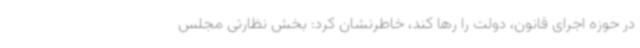
در حوزه اجرای قانون، دولت را رها کند، خاطرنشان کرد: بخش نظارتی مجلس